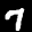
Label: 7